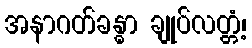
အနာဂတ်ခန္ဓာ ချုပ်လတ္တံ့၊